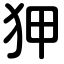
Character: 狎